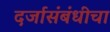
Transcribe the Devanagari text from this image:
दर्जासंबंधीचा